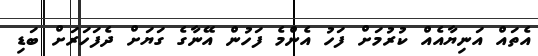
އެތައް އަނިޔާއެއް ކުރުމަށް ފަހު އެންމެ ފަހުން އޭނާގެ ގަޔަށް ދެފަހަރަށް ބަޑި